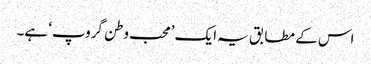
اس کے مطابق یہ ایک ’محب وطن گروپ‘ ہے۔